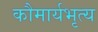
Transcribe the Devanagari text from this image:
कौमार्यभृत्य